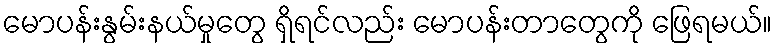
မောပန်းနွမ်းနယ်မှုတွေ ရှိရင်လည်း မောပန်းတာတွေကို ဖြေရမယ်။